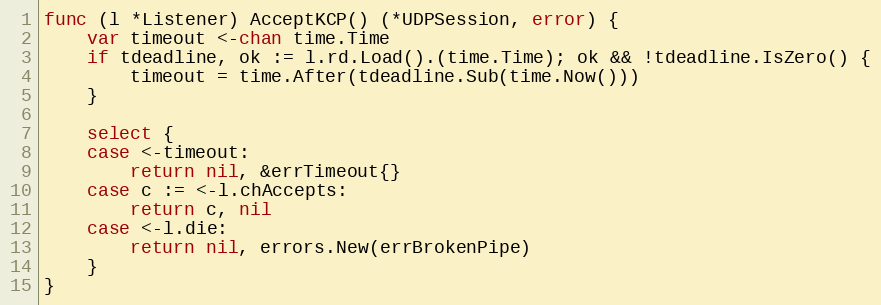
Language: Go
func (l *Listener) AcceptKCP() (*UDPSession, error) {
	var timeout <-chan time.Time
	if tdeadline, ok := l.rd.Load().(time.Time); ok && !tdeadline.IsZero() {
		timeout = time.After(tdeadline.Sub(time.Now()))
	}

	select {
	case <-timeout:
		return nil, &errTimeout{}
	case c := <-l.chAccepts:
		return c, nil
	case <-l.die:
		return nil, errors.New(errBrokenPipe)
	}
}